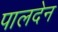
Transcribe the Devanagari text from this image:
पालदेन